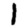
Digit: 1